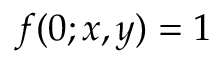
f ( 0 ; x , y ) = 1